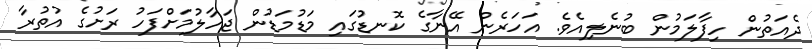
ދެއަތުން ހިފާލަމުން ބުނެލިއެވެ. އަހަރެން އޭނާގެ ކޮނޑުގައި މަޑުމަޑުން ޖަހާލުމަށްފަހު ރަށުގެ އުތުރާ